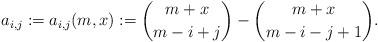
LaTeX: \begin{align*} a_{i,j} := a_{i,j}(m,x) := \binom{m+x}{m-i+j}-\binom{m+x}{m-i-j+1}.\end{align*}